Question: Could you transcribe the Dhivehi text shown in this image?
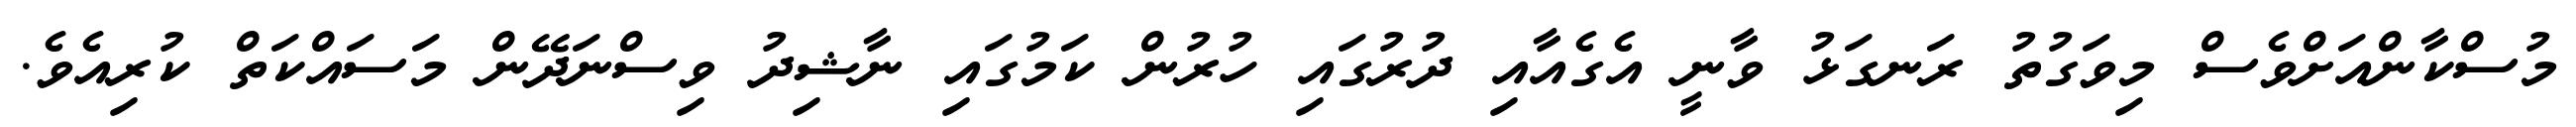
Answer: މުސްކާންއަށްވެސް މިވަގުތު ރަނގަޅު ވާނީ އެގެއާއި ދުރުގައި ހުރުން ކަމުގައި ނާޝިދު ވިސްނަދޭން މަސައްކަތް ކުރިއެވެ.